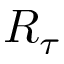
R _ { \tau }